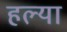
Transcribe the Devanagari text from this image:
हल्या